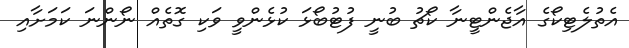
އެތުލެޓިކޯގެ އާޖެންޓީނާ ކޯޗު ބުނީ ފުޓުބޯޅަ ކުޅެންވީ ވަކި ގޮތެއް ނޯންނަ ކަމަށާއި